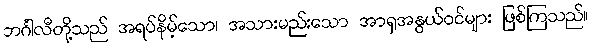
ဘင်္ဂါလီတို့သည် အရပ်နိမ့်သော၊ အသားမည်းသော အာရှအနွယ်ဝင်များ ဖြစ်ကြသည်။